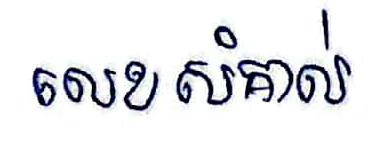
លេខសំគាល់